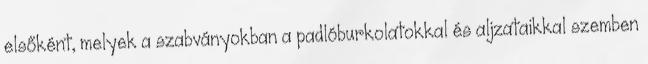
elsőként, melyek a szabványokban a padlóburkolatokkal és aljzataikkal szemben